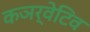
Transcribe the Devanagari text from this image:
कञर्वेटिव